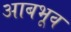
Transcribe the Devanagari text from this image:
आबभूव